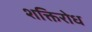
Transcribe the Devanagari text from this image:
शक्तिरोध